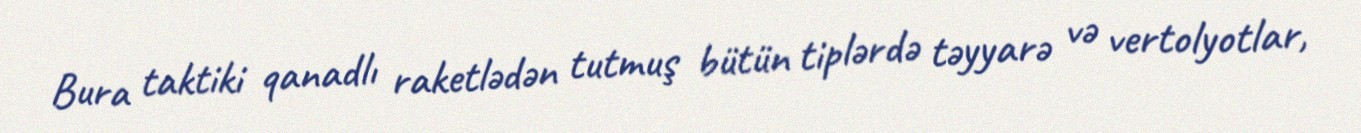
Bura taktiki qanadlı raketlədən tutmuş bütün tiplərdə təyyarə və vertolyotlar,